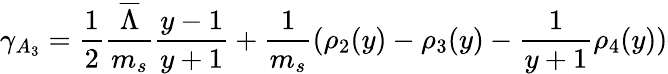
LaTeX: \gamma_{A_{3}}={\frac{1}{2}}{\frac{\overline{{\Lambda}}}{m_{s}}}{\frac{y-1}{y+1}}+{\frac{1}{m_{s}}}(\rho_{2}(y)-\rho_{3}(y)-{\frac{1}{y+1}}\rho_{4}(y))